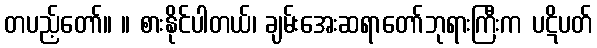
တပည့်တော်။ ။ စားနိုင်ပါတယ်၊ ချမ်းအေးဆရာတော်ဘုရားကြီးက ပဋိပတ်